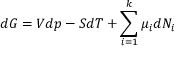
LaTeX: d G = V d p - S d T + \sum _ { i = 1 } ^ { k } \mu _ { i } d N _ { i }